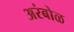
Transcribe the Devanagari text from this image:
अरंबोळ